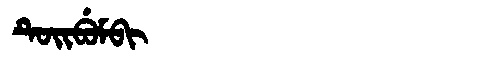
Manchu: ᡨᡠᡳᠪᡠᠮᠪᡳ
Romanization: TUIBUMBI